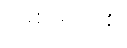
အစိုးရသစ်